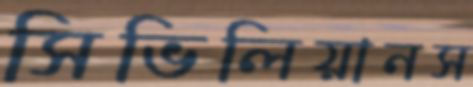
সিভিলিয়ানস